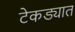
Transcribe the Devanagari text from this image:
टेकड्यात